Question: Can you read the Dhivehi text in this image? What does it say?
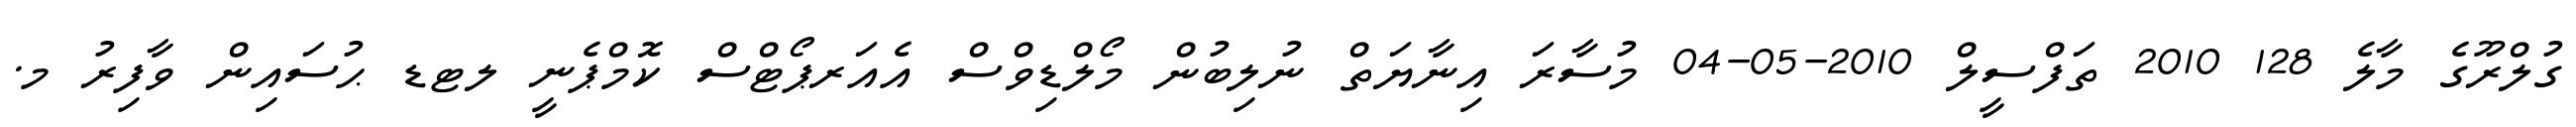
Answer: ގުލްރޫގެ މާލެ 128 2010 ތަފްސީލް 2010-05-04 މުސާރަ އިނާޔަތް ނުލިބުން މޯލްޑިވްސް އެއަރޕޯޓްސް ކޮމްޕެނީ ލޓޑ ޙުސައިން ވާފިރު މ.